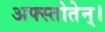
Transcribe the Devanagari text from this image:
अफ्स्तोतेन्।